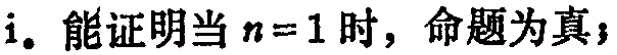
i. 能证明当 \(n = 1\) 时，命题为真；